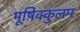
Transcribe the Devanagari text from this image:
मूष़िक्कुलम